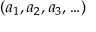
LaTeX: ( a _ { 1 } , a _ { 2 } , a _ { 3 } , \ldots )